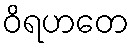
ဝိရဟတေ